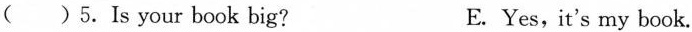
( )5.Is your book big? E. Yes,it's my book.